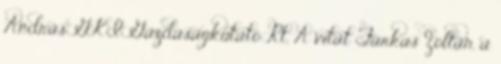
András GKI Gazdaságkutató Rt. A vitát Farkas Zoltán, a